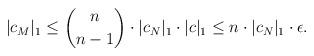
LaTeX: \begin{align*} |c_M|_1 &\leq \binom{n}{n-1} \cdot |c_N|_1 \cdot |c|_1 \leq n \cdot |c_N|_1 \cdot \epsilon.\end{align*}